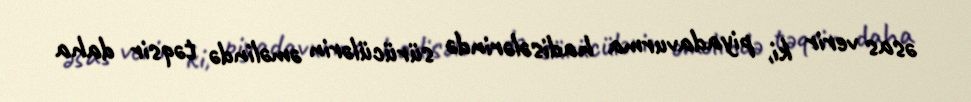
əsas verir ki, piyadavurma hadisələrində sürücülərin əməlində təqsir daha